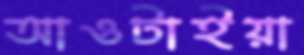
আওটাইয়া